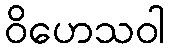
ဝိဟေသဝါ